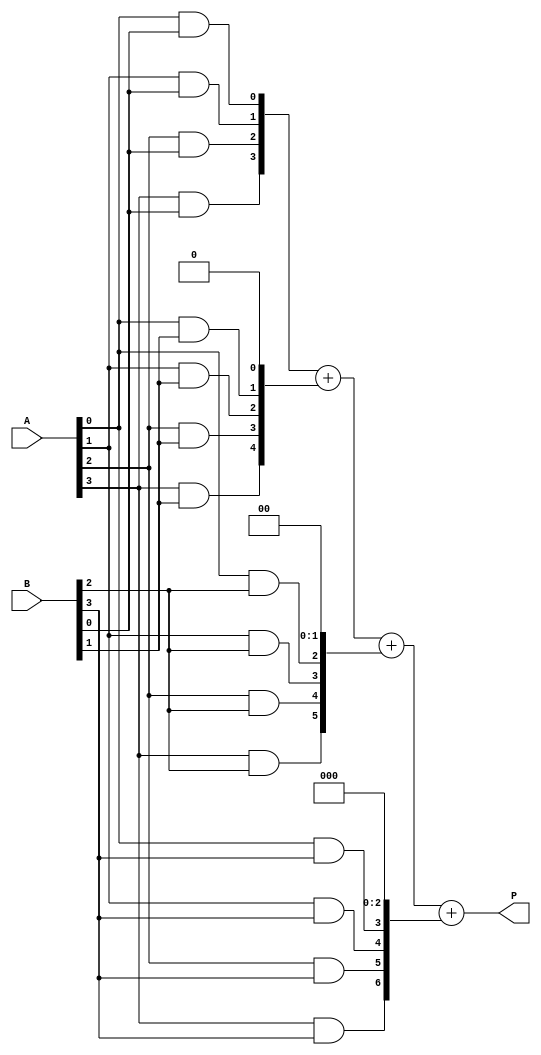
module ArrayMultiplier #(parameter N = 4) (
    input  [N-1:0] A,      // First N-bit operand
    input  [N-1:0] B,      // Second N-bit operand
    output [2*N-1:0] P     // 2N-bit product
);

    // Intermediate wires for partial products
    wire [N-1:0] pp [0:N-1]; // This will hold the partial products
    wire [2*N-1:0] sum [0:N-1]; // Wires for sum outputs

    // Generate partial products using AND operations
    genvar i, j;
    generate
        for (i = 0; i < N; i = i + 1) begin: gen_partial_products
            for (j = 0; j < N; j = j + 1) begin: gen_and_gates
                assign pp[i][j] = A[j] & B[i]; // AND gate array
            end
        end
    endgenerate

    // Initialize sum array with zeros
    assign sum[0] = {N'b0, pp[0]}; // First partial product aligned

    // Add partial products together
    generate
        for (i = 1; i < N; i = i + 1) begin: adder_tree
            assign sum[i] = sum[i - 1] + {pp[i], {i{1'b0}}}; // Right shift by i places
        end
    endgenerate

    // Final output
    assign P = sum[N-1];

endmodule